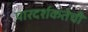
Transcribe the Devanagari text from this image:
पारदर्शकतेची